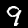
Label: 9